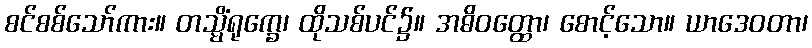
စင်စစ်သော်ကား။ တသ္မိံရုက္ခေ၊ ထိုသစ်ပင်၌။ အဓိဝတ္ထော၊ စောင့်သော။ ယာဒေဝတာ၊